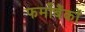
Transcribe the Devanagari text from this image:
फर्मोंबैंकों